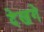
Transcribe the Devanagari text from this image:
देखगे